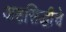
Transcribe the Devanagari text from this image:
अष्टसिद्धीचे